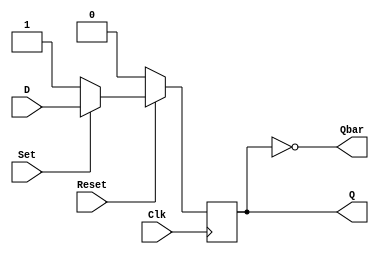
//D Flip Flop with Synchronous Set and Reset
module DFF (D, Set, Reset, Q, Qbar, Clk);
input D,Set,Reset,Clk;
output reg Q;
output Qbar;
assign Qbar = ~Q;

always @ (posedge Clk) 

    if(Reset == 0) Q <= 0;
    else if(Set == 0) Q <= 1;
    else Q <= D;

endmodule